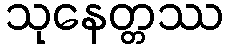
သုနေတ္တဿ